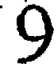
9